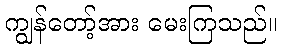
ကျွန်တော့်အား မေးကြသည်။